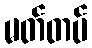
မတ်တပ်